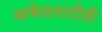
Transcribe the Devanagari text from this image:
आर्केडसाठीही